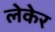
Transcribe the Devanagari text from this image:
लेकेर